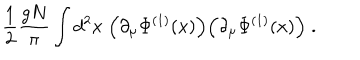
\frac { 1 } { 2 } \frac { g N } { \pi } \int d ^ { 2 } x \; \Big ( \partial _ { \mu } \Phi ^ { ( 1 ) } ( x ) \Big ) \Big ( \partial _ { \mu } \Phi ^ { ( 1 ) } ( x ) \Big ) \; .